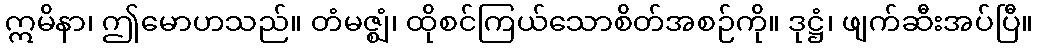
ဣမိနာ၊ ဤမောဟသည်။ တံမဇ္ဈံ၊ ထိုစင်ကြယ်သောစိတ်အစဉ်ကို။ ဒုဋ္ဌံ၊ ဖျက်ဆီးအပ်ပြီ။